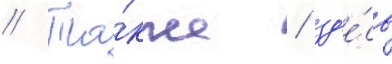
// Та́кже / зд'е́сь